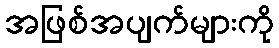
အဖြစ်အပျက်များကို